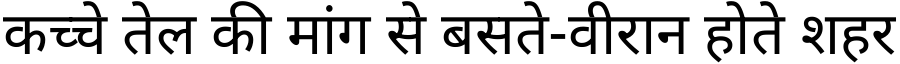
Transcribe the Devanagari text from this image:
कच्चे तेल की मांग से बसते-वीरान होते शहर